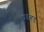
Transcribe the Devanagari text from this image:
खडहड्